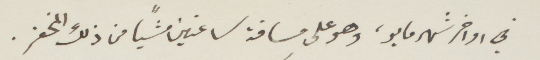
في اواخر شهرمايو، وهو على مسافة ساعتين مشيًا من ذلك المخفر.